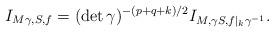
LaTeX: \begin{align*}I_{M \gamma,S,f} = (\det \gamma)^{-(p+q+k)/2} I_{M, \gamma S, f |_k \gamma^{-1}}.\end{align*}